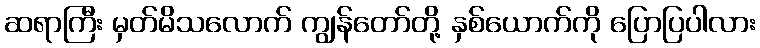
ဆရာကြီး မှတ်မိသလောက် ကျွန်တော်တို့ နှစ်ယောက်ကို ပြောပြပါလား